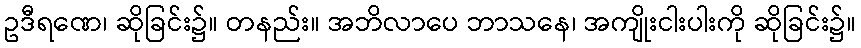
ဥဒီရဏေ၊ ဆိုခြင်း၌။ တနည်း။ အဘိလာပေ ဘာသနေ၊ အကျိုးငါးပါးကို ဆိုခြင်း၌။